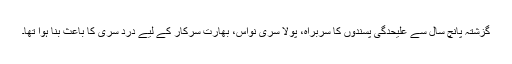
گزشتہ پانچ سال سے علیحدگی پسندوں کا سربراہ، پولا سری نواس، بھارت سرکار کے لیے درد سری کا باعث بنا ہُوا تھا۔